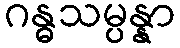
ဂန္ဓသမ္ပန္နာ